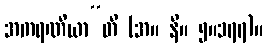
အကရဏီယာ”တိ (အ။ နိ။ ၅။၁၇၇)။